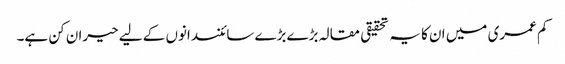
کم عمری میں ان کا یہ تحقیقی مقالہ بڑے بڑے سائنسدانوں کے لیے حیران کن ہے۔